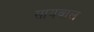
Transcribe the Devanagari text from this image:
सायवाल